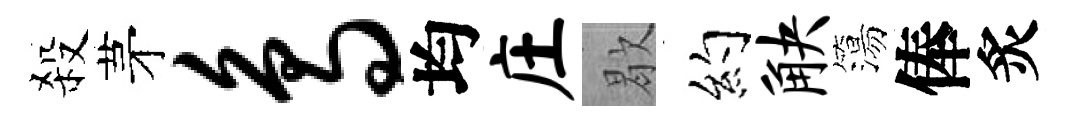
殺茅鸟均庄歇约觖簜俸炙